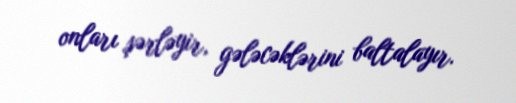
onları şərləyir, gələcəklərini baltalayır.